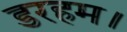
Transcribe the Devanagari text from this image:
डरहम।